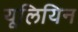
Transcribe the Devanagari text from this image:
यूलियिन